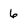
Character: 6